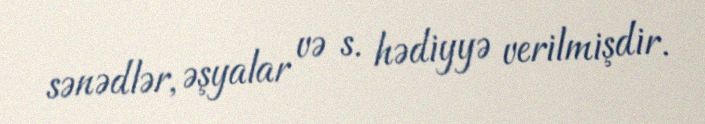
sənədlər, əşyalar və s. hədiyyə verilmişdir.